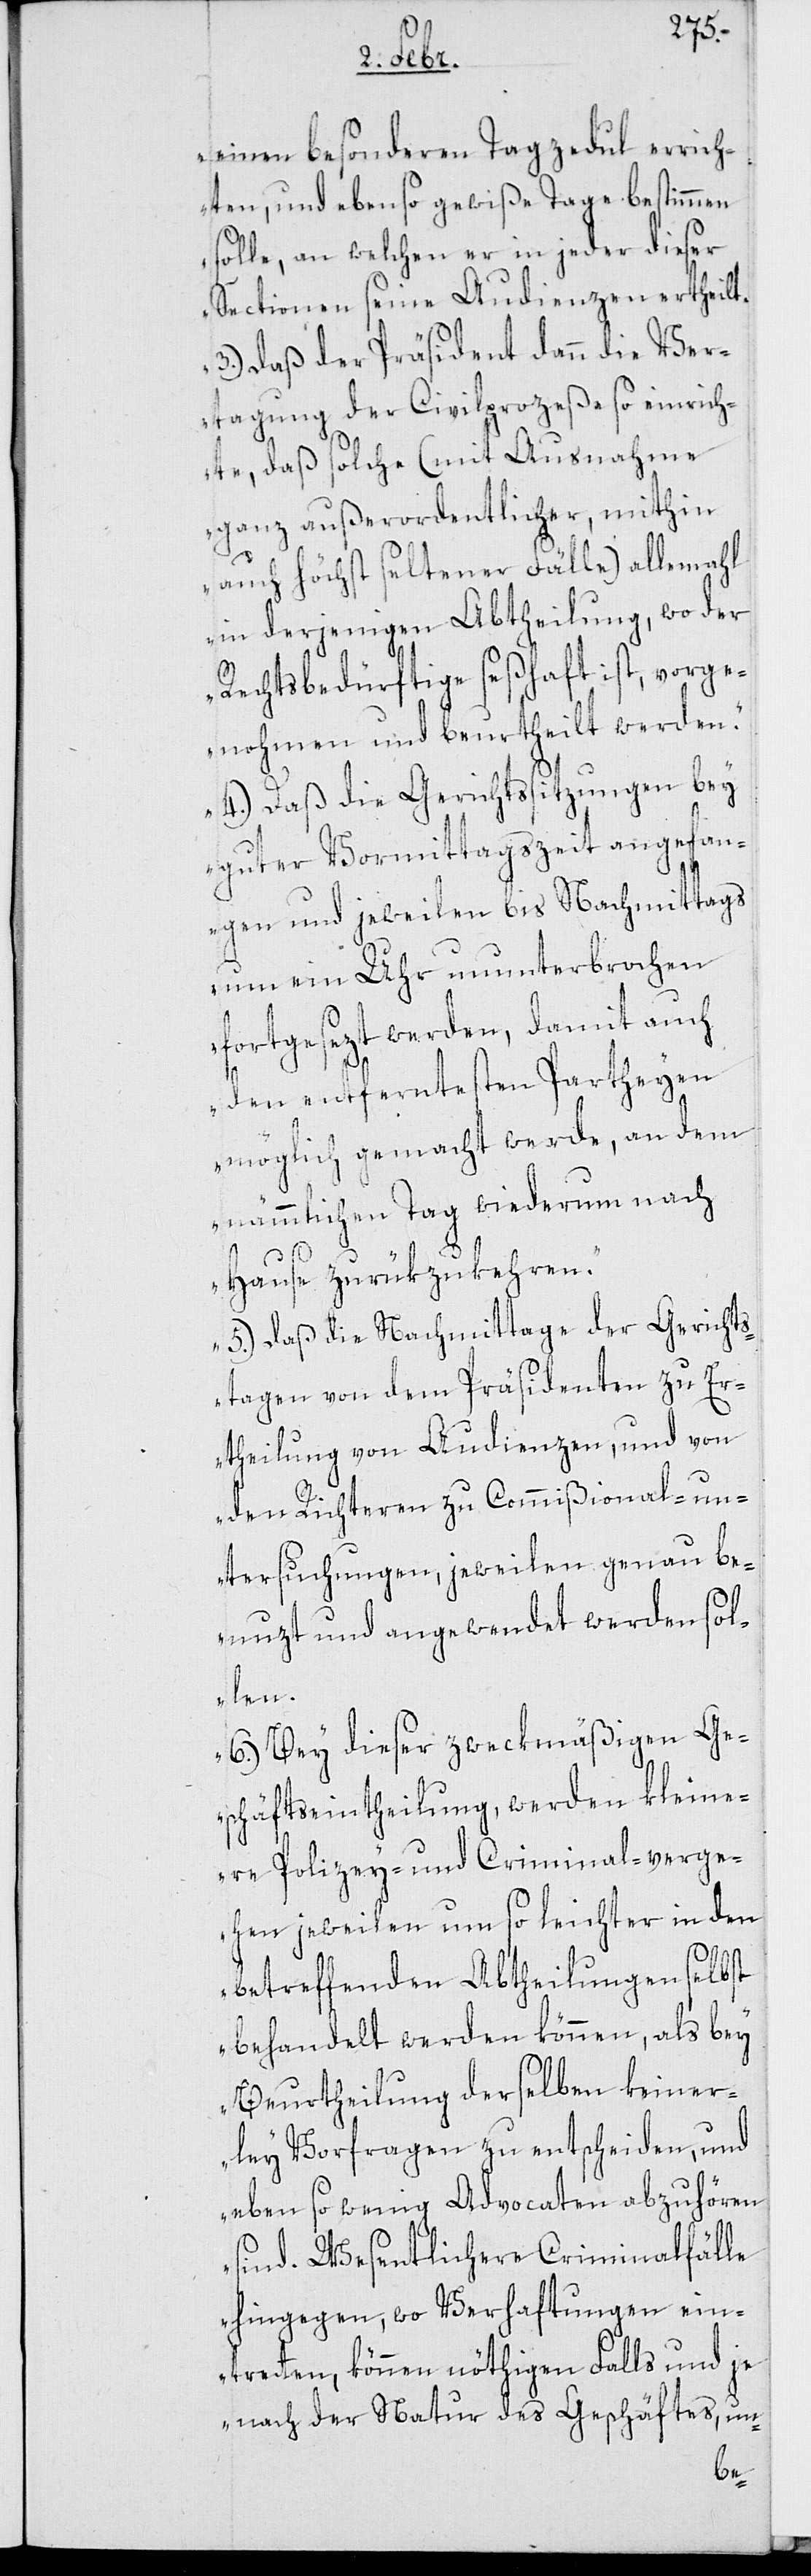
einen besonderen Tagzedul errich¬
ten, und ebenso gewiße Tage bestimmen
solle, an welchen er in jeder dieser
Sectionen seine Audienzen ertheilt.
3.) Daß der Präsident dann die Ver¬
tagung der Civilpozeße so einrich¬
te, daß solche (mit Ausnahme
ganz außerordentlicher, mithin
auch höchst seltener Fälle) allemahl
in derjenigen Abtheilungen, wo der
Rechtsbedürftige seßhaft ist, vorge¬
nohmen und beurtheilt werden.
4.) Daß die Gerichtssitzungen bey
guter Vormittagszeit angefan¬
gen und jeweilen bis Nachmittags
um ein Uhr ununterbrochen
fortgesezt werden, damit auch
den entferntesten Partheyen
möglich gemacht werde, an dem
nämmlichen Tag wiederum nach
Hause zurükzukehren.
5.) Daß die Nachmittage der Gericht¬
stagen von dem Präsidenten zu Er¬
theilung von Audienzen, und von
den Richteren zu Commißional-un¬
tersuchungen, jeweilen genau be¬
nuzt und angewendet werden sol¬
len.
6.) Bey dieser zweckmäßigen Ge¬
schäftseintheilung werden kleine¬
re Polizey- und Criminal-Verge¬
hen jeweilen um so leichter in den
betreffenden Abtheilungen selbst
behandelt werden können, als bey
Beurtheilung derselben keiner¬
ley Vorfragen zu entscheiden, und
eben so wenig Advocaten abzuhören
sind. Wesentlichere Criminalfälle
hingegen, wo Verhaftungen ein¬
tretten, können nöthigen Falls und je
nach der Natur des Geschäftes, un-